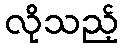
လိုသည့်